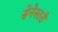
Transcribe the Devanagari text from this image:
सेनेस्तरी